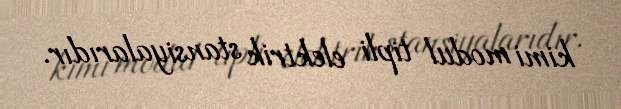
kimi modul tipli elektrik stansiyalarıdır.